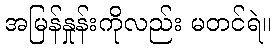
အမြန်နှုန်းကိုလည်း မတင်ရဲ။